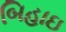
બિહાઇ